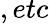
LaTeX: ,etc